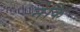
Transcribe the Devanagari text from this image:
न॑कि